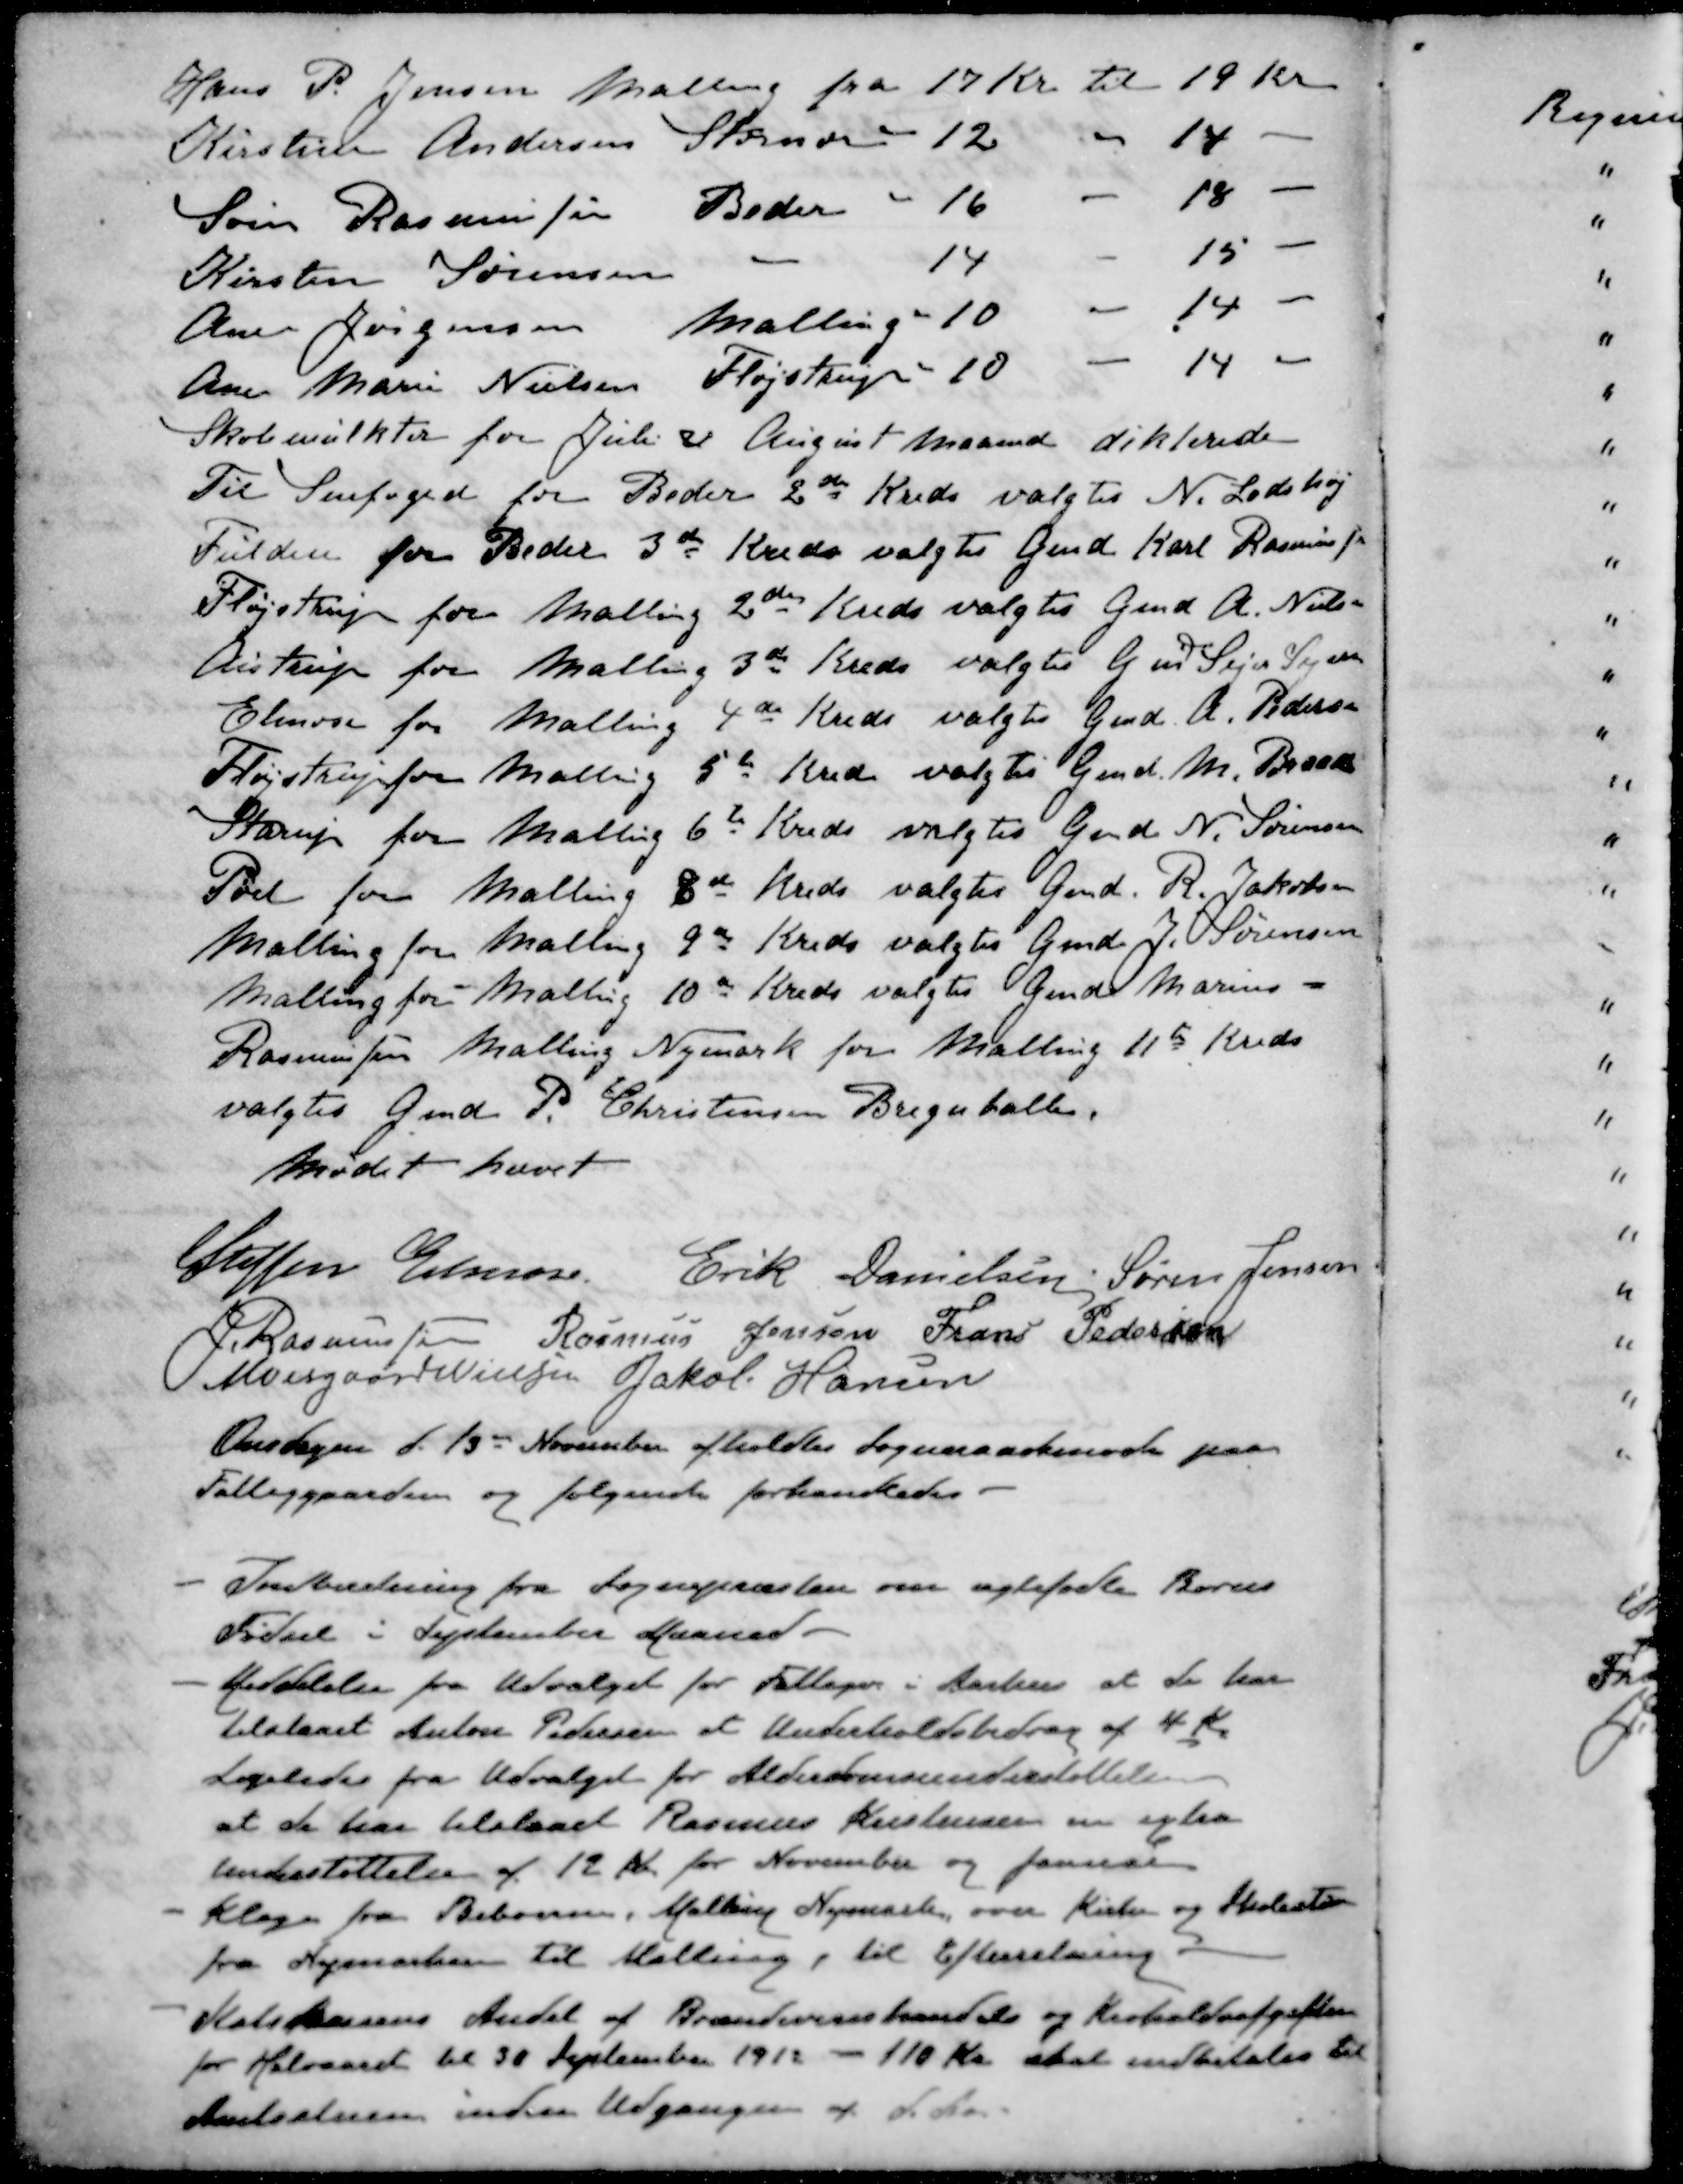
Transskription:
Hans P. Jensen Malling fra 17 Kr. til 19 Kr
Kirstine Andersen Storenor - 12 " 14 -
Søren Rasmussen Beder - 16 - 18 -
Kirsten Sørensen - 14 - 15 -
Ane Jørgensen Malling " 10 - 14 -
Ane Marie Nielsen Fløjstrup " 10 - 14 -
Skolemulkter for Juli & August Maaned dikterede
Til Snefoged for Beder 2de Kreds valgtes N. Lodshøj
Fulden for Beder 3de Kreds valgtes Gmd Karl Rasmussen
Fløjstrup for Malling 2den Kreds valgtes Gmd A. Nielsen
Aistrup for Malling 3de Kreds valgtes Gmd Sejer Sejersen
Elmose for Malling 4de Kreds valgtes Gmd A. Pedersen
Fløjstrup for Malling 5de Kreds valgtes Gmd. M. Braaby
Starup for Malling 6te Kreds valgtes Gmd. N. Sørensen
Pøel for Malling 8de Kreds valgtes Gmd. R. Jakobsen
Malling for Malling 9de Kreds valgtes Gmd. J. Sørensen
Malling for Malling 10de Kreds valgtes Gmd Marius
Rasmussen Malling Nymark for Malling 11de Kreds
valgtes Gmd P. Christensen Bregnballe.
Mødet hævet
Steffen Elmose
Erik Danielsen
Søren Jensen
J Rasmussen
Rasmus Jensen
Frans Pedersen
Moesgaard Nielsen
Jakob Hansen
Onsdagen d. 13de November afholdtes Sogneraadsmøde paa
Fattiggaarden og følgende forhandledes.
- Indberetning fra Sognepræsten om ægtefødte Børns
Fødsel i September Maaned.
- Meddelelse fra Udvalget for Fattigv i Aarhus at de har
tilstaaet Anton Pedersen et Underholdsbidrag af 4 Kr
Ligeledes fra Udvalget for Alderdomsunderstøttelsen
at de har tilstaaet Rasmus Kristensen en extra
Understøttelse af 12 Kr for November og Januar
- Klage fra Beboere i Malling Nymark over Kirke og Skolestien
fra Nymarken til Malling, til Efterretning.
- Statskassens Andel af Brændevinshandels og Kroholdsafgifter
for Halvaaret til 30 September 1912 - 110 Kr skal indbetales til
Amtsstuen inden Udgangen af d Aar